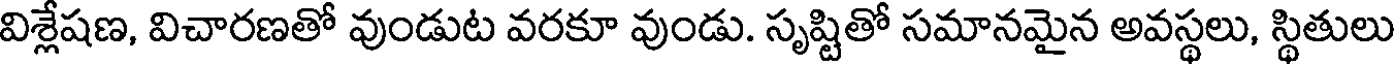
విశ్లేషణ, విచారణతో వుండుట వరకూ వుండు. సృష్టితో సమానమైన అవస్థలు, స్థితులు